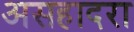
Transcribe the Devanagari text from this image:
असहादरा